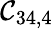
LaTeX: \mathcal{C}_{34,4}